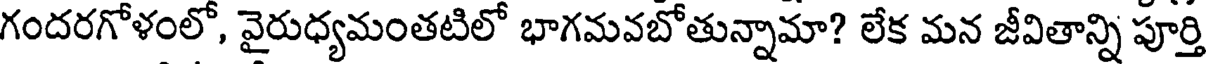
గందరగోళంలో, వైరుధ్యమంతటిలో భాగమవబోతున్నామా? లేక మన జీవితాన్ని పూర్తి